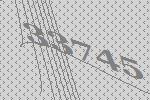
33745